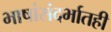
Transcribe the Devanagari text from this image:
भाषांसंदर्भातही